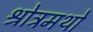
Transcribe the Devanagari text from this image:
श्रोत्रमथो